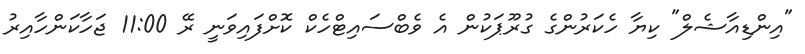
"އިންޑިއާޝެލް" ކިޔާ ހެކަރުންގެ ގުރޫޕަކުން އެ ވެބްސައިޓްހެކް ކޮށްފައިވަނީ ރޭ 11:00 ޖަހާކަންހާއިރު